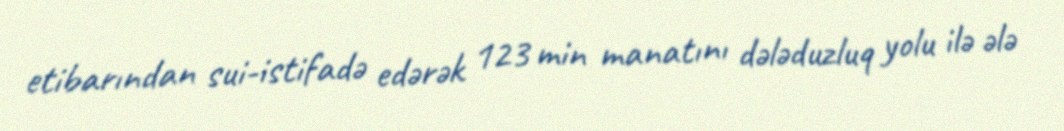
etibarından sui-istifadə edərək 123 min manatını dələduzluq yolu ilə ələ